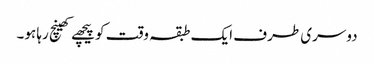
دوسری طرف ایک طبقہ وقت کو پیچھے کھینچ رہا ہو۔